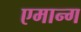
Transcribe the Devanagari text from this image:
एमान्ग